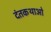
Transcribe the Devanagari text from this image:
दंतकथाओ